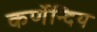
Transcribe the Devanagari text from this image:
कर्णेन्दिय